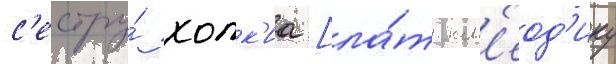
с'естру́ холк'иа [ла́т. кл'еод'ику